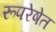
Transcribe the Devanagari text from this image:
रूपरेषेत